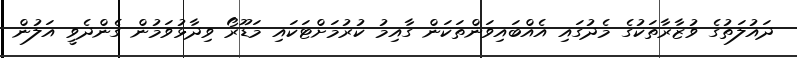
ދައުލަތުގެ ވުޒާރާތަކުގެ މެދުގައި އެއްބައިވަންތަކަން ގާއިމު ކުރުމަށްޓަކައި މަޑޫރޯ ވިދާޅުވަމުން ގެންދެވީ އަލުން